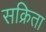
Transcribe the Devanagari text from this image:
सक्रिता